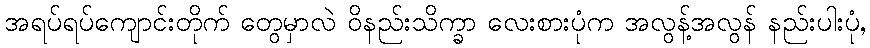
အရပ်ရပ်ကျောင်းတိုက် တွေမှာလဲ ဝိနည်းသိက္ခာ လေးစားပုံက အလွန့်အလွန် နည်းပါးပုံ,